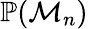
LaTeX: \mathbb{P}(\mathcal{M}_{n})